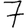
Digit: 7